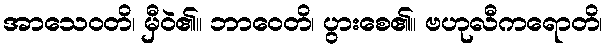
အာသေဝတိ၊ မှီဝဲ၏။ ဘာဝေတိ၊ ပွားစေ၏။ ဗဟုလီကရောတိ၊